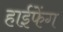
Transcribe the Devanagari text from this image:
हाईफेंग